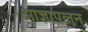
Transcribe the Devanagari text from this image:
आज्ञापलन